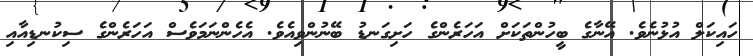
ހައިކަލް އުޅުނެވެ. އޭނާގެ ބީހުންތަކަށް އަހަރެންގެ ހަށިގަނޑު ބޭނުންވިއެވެ. އެހެންނަމަވެސް އަހަރެންގެ ސިކުނޑިއާއި